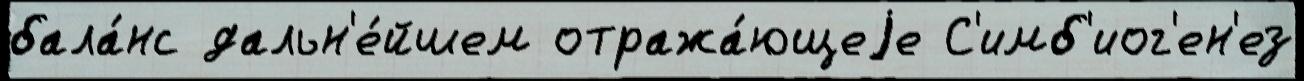
бала́нс дальн'е́йшем отража́ющеjе С'имб'иог'ен'ез